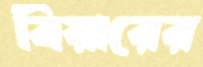
বিয়ারের